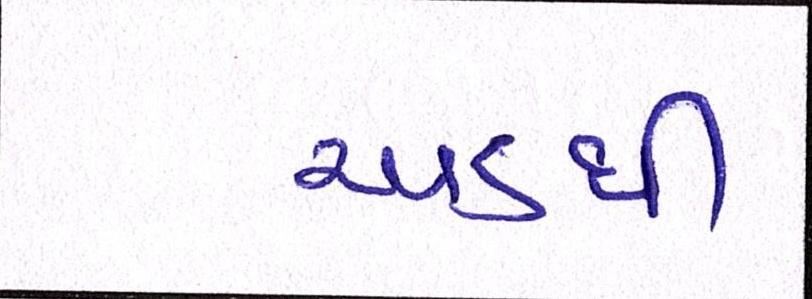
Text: અડધી